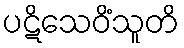
ပဋိသေဝိံသူတိ